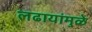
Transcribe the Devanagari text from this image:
लढायांमुळे